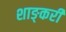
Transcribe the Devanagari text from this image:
शाङ्करी